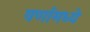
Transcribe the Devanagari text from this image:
वर्णामध्ये